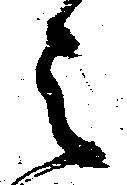
之